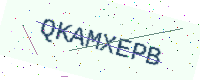
Text: QKAMXEPB